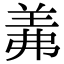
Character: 羛